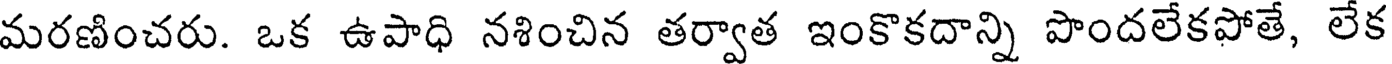
మరణించరు. ఒక ఉపాధి నశించిన తర్వాత ఇంకొకదాన్ని పొందలేకపోతే, లేక